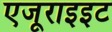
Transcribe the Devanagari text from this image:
एजूराइइट